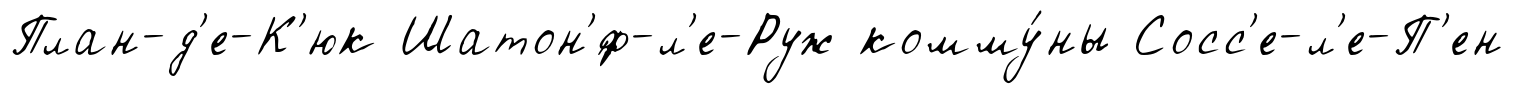
План-д'е-К'юк Шатон'́ф-л'е-Руж комму́ны Сосс'е-л'е-П'ен